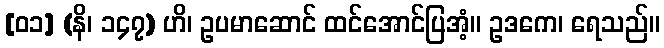
[၀၁] (နိ၊ ၁၄၇) ဟိ၊ ဥပမာဆောင် ထင်အောင်ပြအံ့။ ဥဒကေ၊ ရေသည်။